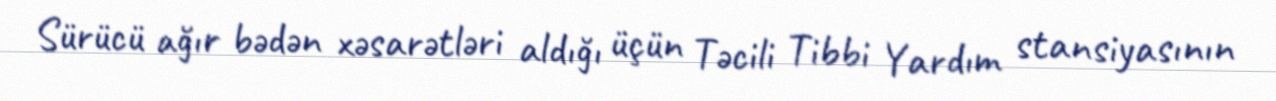
Sürücü ağır bədən xəsarətləri aldığı üçün Təcili Tibbi Yardım stansiyasının